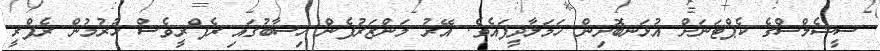
ސީޝެލްސްގެ ކެޕްޓަނަށް އުޅަނބޮށިން ހަމަލާދީފައެވެ. އޭރު މަންޒަރުފެން ހިސާބުގައި ރެފްރީވެސް ހުރުމުން ރެފްރީ